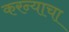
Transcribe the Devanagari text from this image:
करन्याचा